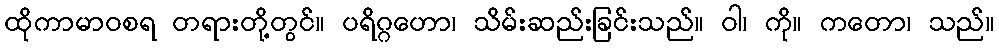
ထိုကာမာဝစရ တရားတို့တွင်။ ပရိဂ္ဂဟော၊ သိမ်းဆည်းခြင်းသည်။ ဝါ၊ ကို။ ကတော၊ သည်။